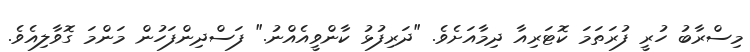
މިސްރާބު ހުރީ ފުރަތަމަ ކޮޓަރިއާ ދިމާއަށެވެ. "ދަރިފުޅު ކާންވީއެއްނު." ފަސްދިންފަހުން މަންމަ ގޮވާލިއެވެ.